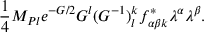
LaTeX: { \frac { 1 } { 4 } } M _ { P l } e ^ { - G / 2 } G ^ { l } ( G ^ { - 1 } ) _ { l } ^ { k } f _ { \alpha \beta k } ^ { * } \lambda ^ { \alpha } \lambda ^ { \beta } .